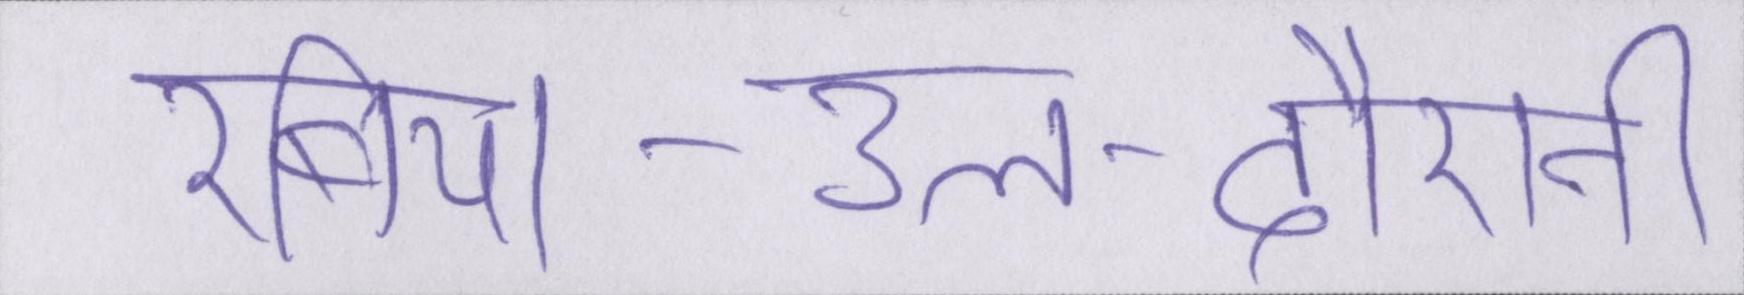
रबिया-उल-दौरानी